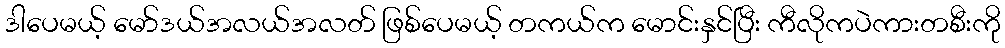
ဒါပေမယ့် မော်ဒယ်အလယ်အလတ် ဖြစ်ပေမယ့် တကယ်က မောင်းနှင်ပြီး ကီလိုကပဲကားတစီးကို